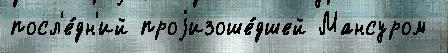
посл'е́дн'ий проjизоше́дшей Мансуром